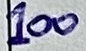
Text: 100